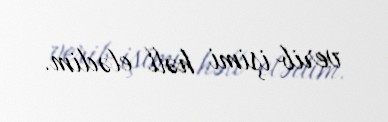
verib işimi həll elədim.